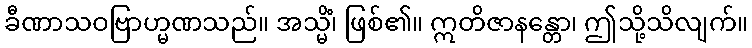
ခီဏာသဝဗြာဟ္မဏသည်။ အသ္မိံ၊ ဖြစ်၏။ ဣတိဇာနန္တော၊ ဤသို့သိလျက်။